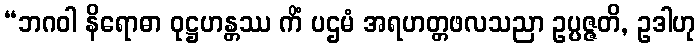
“ဘဂဝါ နိရောဓာ ဝုဋ္ဌဟန္တဿ ကိံ ပဌမံ အရဟတ္တဖလသညာ ဥပ္ပဇ္ဇတိ, ဥဒါဟု